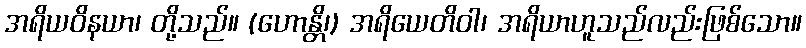
အရိယဝိနယာ၊ တို့သည်။ (ဟောန္တိ၊) အရိယေတိဝါ၊ အရိယာဟူသည်လည်းဖြစ်သော။